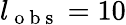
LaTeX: l_{\mathrm{~o~b~s~}}=10